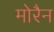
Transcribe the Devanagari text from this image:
मोरैन